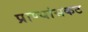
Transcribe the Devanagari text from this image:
प्राण्यांसकट